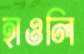
হাওলি